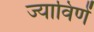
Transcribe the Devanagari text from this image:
ज्याविणें